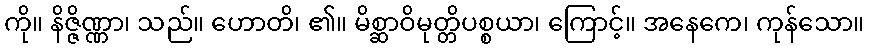
ကို။ နိဇ္ဇိဏ္ဏာ၊ သည်။ ဟောတိ၊ ၏။ မိစ္ဆာဝိမုတ္တိပစ္စယာ၊ ကြောင့်။ အနေကေ၊ ကုန်သော။